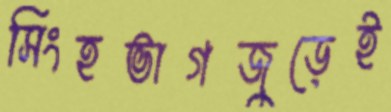
সিংহভাগজুড়েই